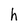
Character: h